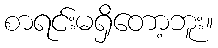
စာရင်းမရှိတော့ဘူး။